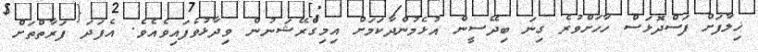
ޚިލާފަށް ފަސްދޮޅަސް ހާހަށްވުރެ ގިނަ ބިދޭސީން އުޅެމުންދާކަމަށް އިމިގްރޭޝަނުން ވިދާޅުވެފައިވެއެވެ. އެފަދަ ފަރާތްތަށް